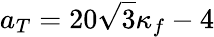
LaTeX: a_{T}=20\sqrt{3}\kappa_{f}-4